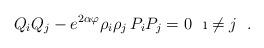
LaTeX: \begin{align*}Q_iQ_j-e^{2\alpha\varphi}\rho_i\rho_j\, P_iP_j=0\ \ \i\neq j\ \ .\end{align*}